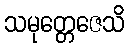
သမုတ္တေဇေသိ